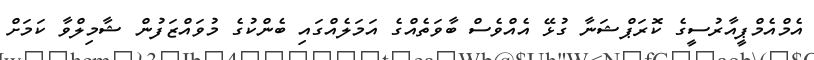
އެމްއެމްޕީއާރުސީގެ ކޮރަޕްޝަނާ ގުޅޭ އެއްވެސް ބާވަތެއްގެ އަމަލެއްގައި ބެންކުގެ މުވައްޒަފުން ޝާމިލްވާ ކަމަށް